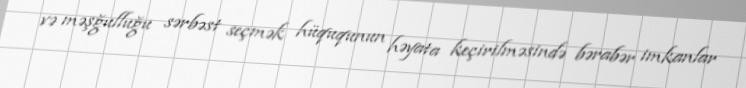
və məşğulluğu sərbəst seçmək hüququnun həyata keçirilməsində bərabər imkanlar